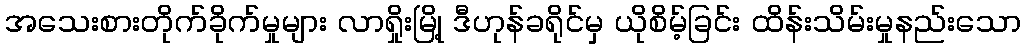
အသေးစားတိုက်ခိုက်မှုများ လာရှိုးမြို့ ဒီဟုန်ခရိုင်မှ ယိုစိမ့်ခြင်း ထိန်းသိမ်းမှုနည်းသော